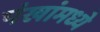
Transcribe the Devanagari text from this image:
पंखांमध्ये